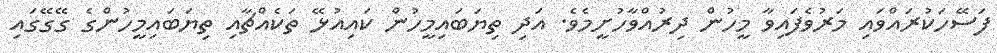
ފަސޭހަކުރައްވައި މަރުވެފައިވާ މީހުން ދިރުއްވާހުށީމެވެ. އަދި ތިޔަބައިމީހުން ކައިއުޅޭ ތަކެއްޗާއި ތިޔަބައިމީހުންގެ ގޭގޭގައި